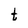
Character: t